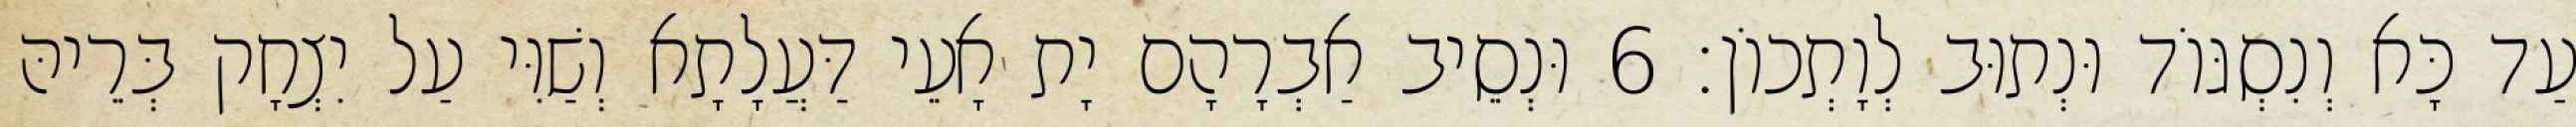
עַד כָּא וְנִסְגּוֹד וּנְתוּב לְוָתְכוֹן׃ 6 וּנְסֵיב אַבְרָהָם יָת אָעֵי דַּעֲלָתָא וְשַׁוִּי עַל יִצְחָק בְּרֵיהּ